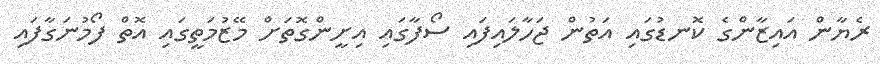
ރެޔާން އައިޒާންގެ ކޮނޑުގައި އަތުން ޖަހާލައިފައި ސޯފާގައި އިށީންގޮތަށް މޭޒުމަތީގައި އޮތް ފޯމުނަގާފައި